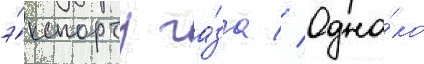
э́кспорту га́за // Одна́ко